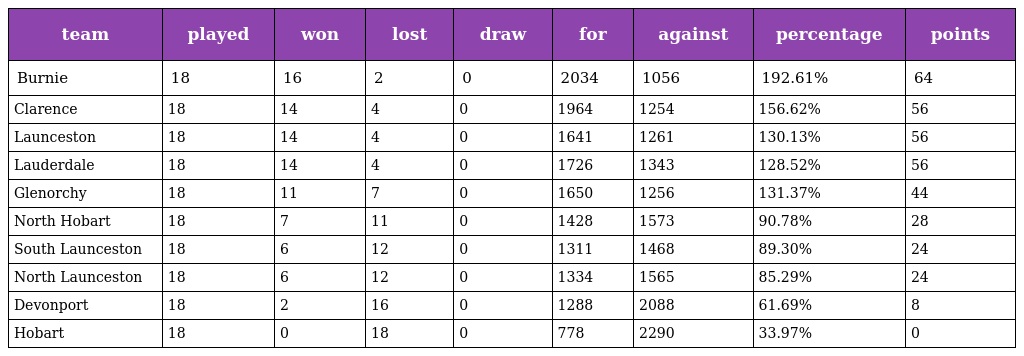
| team | played | won | lost | draw | for | against | percentage | points |
 | --- | --- | --- | --- | --- | --- | --- | --- | --- |
 | Burnie | 18 | 16 | 2 | 0 | 2034 | 1056 | 192.61% | 64 |
 | Clarence | 18 | 14 | 4 | 0 | 1964 | 1254 | 156.62% | 56 |
 | Launceston | 18 | 14 | 4 | 0 | 1641 | 1261 | 130.13% | 56 |
 | Lauderdale | 18 | 14 | 4 | 0 | 1726 | 1343 | 128.52% | 56 |
 | Glenorchy | 18 | 11 | 7 | 0 | 1650 | 1256 | 131.37% | 44 |
 | North Hobart | 18 | 7 | 11 | 0 | 1428 | 1573 | 90.78% | 28 |
 | South Launceston | 18 | 6 | 12 | 0 | 1311 | 1468 | 89.30% | 24 |
 | North Launceston | 18 | 6 | 12 | 0 | 1334 | 1565 | 85.29% | 24 |
 | Devonport | 18 | 2 | 16 | 0 | 1288 | 2088 | 61.69% | 8 |
 | Hobart | 18 | 0 | 18 | 0 | 778 | 2290 | 33.97% | 0 |